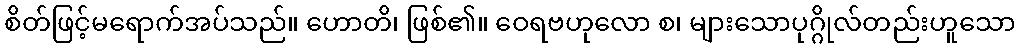
စိတ်ဖြင့်မရောက်အပ်သည်။ ဟောတိ၊ ဖြစ်၏။ ဝေရဗဟုလော စ၊ များသောပုဂ္ဂိုလ်တည်းဟူသော